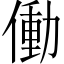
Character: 働